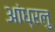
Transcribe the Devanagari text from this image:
आंध्रलु